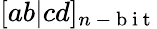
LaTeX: [ab|cd]_{n\mathrm{~-~b~i~t~}}